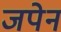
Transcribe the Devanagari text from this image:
जपेन